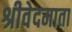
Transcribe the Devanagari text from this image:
श्रीवेदमाता